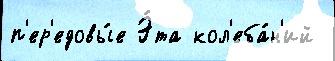
п'ер'едовы́е Э́та кол'еба́н'ий